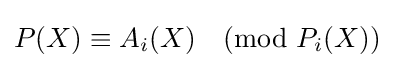
P(X)\equiv A_{i}(X){\pmod {P_{i}(X)}}